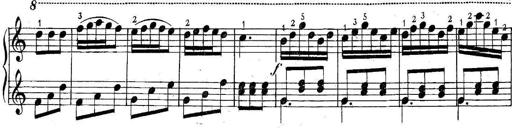
Title: 6 Easy Sonatinas
Composer: Carl Czerny